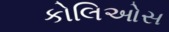
કોલિઓસ